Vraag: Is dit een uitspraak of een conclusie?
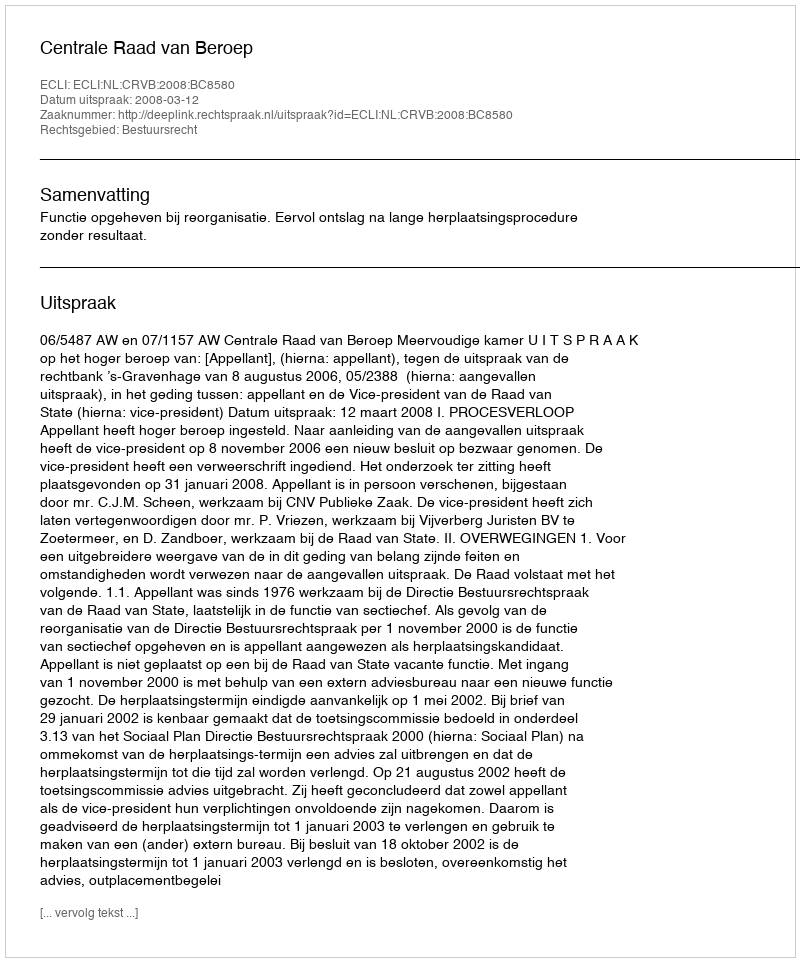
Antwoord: Uitspraak